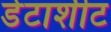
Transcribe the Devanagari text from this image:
डेटाशीट